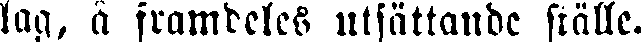
lag, å framdeles utsättande ställe.